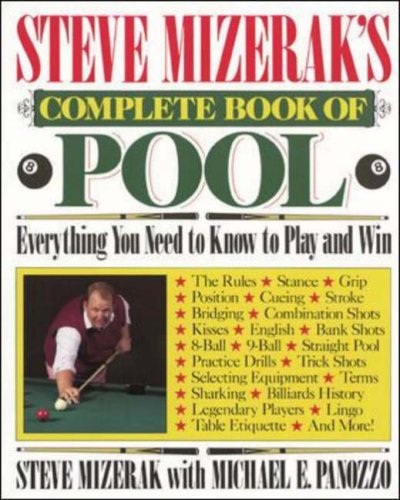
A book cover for Steve Mizerak's Complete Book of Pool; Steve Mizerak; Sports & Outdoors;